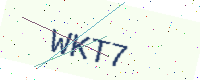
Text: WKT7